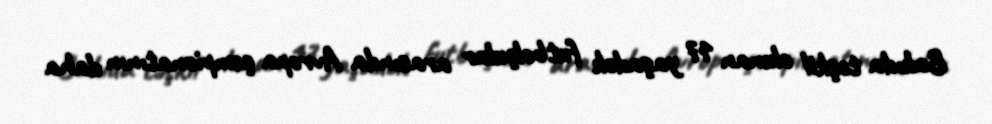
Bakıda təşkil olunan 17 yaşadək futbolçular arasında Avropa çempionatının daha